Civil Veterinary Dept. North-West Frontier Province 1901-22 - 1901-1922
Year: 1901
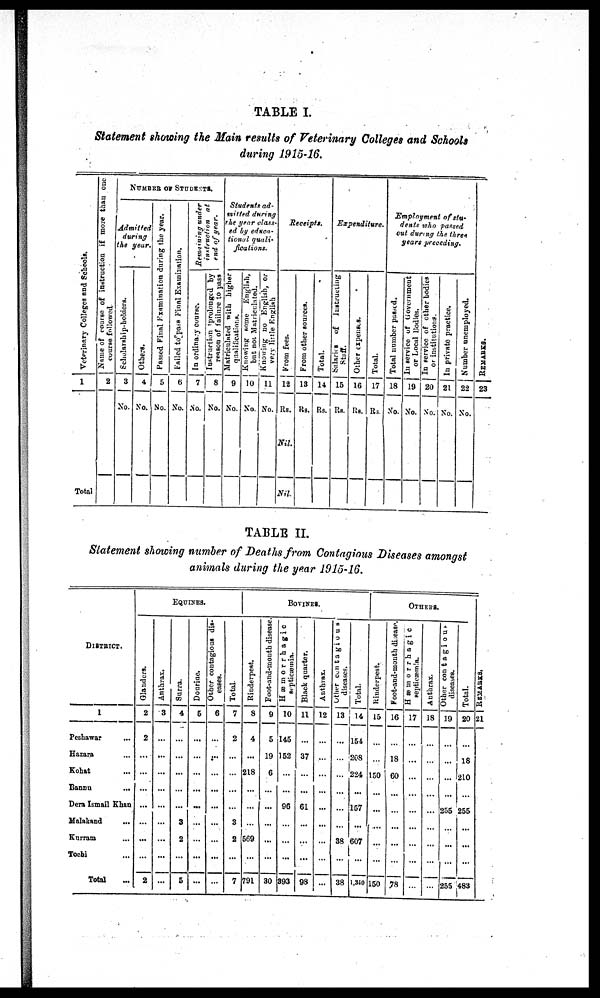
TABLE I.
Statement showing the Main results of Veterinary Colleges and Schools
during 1915-16.
Veterinary Colleges and Schools.
1
Total
Name of course of instruction if more than one
course followed.
2
NUMBER OF STUDENTS.
Admitted
during
the year.
Scholarship-holders.
3
No.
Others.
4
No.
Passed Final Examination during the year.
5
No.
Failed to pass Final Examination.
6
No.
Remaining under
instruction at
end of year.
In ordinary course.
7
No.
Instruction prolonged by
reason of failure to pass
8
No.
Students ad-
mitted during
the year class-
ed by educa-
tional quali-
fications.
Matriculated with higher
qualifications.
9
No.
Knowing some English,
but
not Matriculated.
10
No.
Knowing no English, or
very little English
11
No.
Receipts.
From fees.
12
Rs.
Nil.
Nil.
From other sources.
13
Rs.
Total.
14
Rs.
Expenditure.
Salaries of
Instructing
Staff.
15
Rs.
Other expenses.
16
Rs.
Total.
17
Rs.
Employment of stu-
dents who passed
out during the three
years preceding.
Total number passed.
18
No.
In service of Government
or Local Bodies.
19
No.
In service of other bodies
or institutions.
20
No.
In private practice.
21
No.
Number unemployed.
22
No.
RE MARKS .
23
TABLE II.
Statement showing number of Deaths from Contagious Diseases amongst
animals during the year 1915-16.
DISTRICT.
1
Peshawar …
Hazara …
Kohat …
Banna
...
Dera Ismail Khan
Malakand ...
Kurram ...
Tochi ...
Total …
EQUINES.
Glanders.
2
2
…
…
…
…
…
…
…
2
Anthrax.
3
...
...
...
...
...
...
...
...
...
Surra.
4
...
...
...
...
...
3
2
...
5
Dourine.
5
...
...
...
...
...
...
...
...
...
Other contagious dis-
eases.
6
…
...
...
...
...
...
...
...
...
Total.
7
2
...
…
...
...
3
2
...
7
Rinderpest.
8
4
...
218
...
...
569
...
791
Foot-and-mouth disease.
9
5
19
6
...
...
...
...
...
30
BOVINES.
Hæmorrhagic
septicæmia.
10
145
152
...
...
96
...
...
...
393
Black quarter.
11
...
37
...
...
61
...
...
...
98
Anthrax.
12
...
…
…
...
...
...
...
…
…
Other contagious
diseases.
13
...
…
…
...
…
...
38
…
38
Total.
14
154
208
224
...
157
...
607
…
1,350
OTHERS.
Rinderpest.
15
…
…
150
...
...
...
...
...
150
Foot-and-mouth disease.
16
…
18
60
...
…
...
...
...
,78
Hæmorrhagic
septicæmia.
17
…
...
...
...
...
...
...
...
…
Anthrax.
18
…
…
...
...
...
...
...
…
Other contagious
diseases.
19
…
...
...
...
255
...
...
...
255
Total.
20
…
18
210
...
255
...
...
...
483
RE MARKS .
21